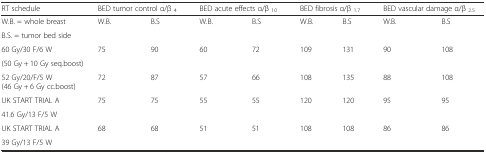
| RT schedule | <COLSPAN=2> BED tumor control α/β 4 | <COLSPAN=2> BED acute effects α/β 10 | <COLSPAN=2> BED fibrosis α/β 1.7 | <COLSPAN=2> BED vascular damage α/β 2.5 |
 | --- | --- | --- | --- | --- | --- | --- | --- | --- |
 | W.B. = whole breast | <ROWSPAN=2> W.B. | <ROWSPAN=2> B.S | <ROWSPAN=2> W.B. | <ROWSPAN=2> B.S | <ROWSPAN=2> W.B. | <ROWSPAN=2> B.S | <ROWSPAN=2> W.B. | <ROWSPAN=2> B.S |
 | B.S. = tumor bed side |
 | 60 Gy/30 F/6 W | <ROWSPAN=2> 75 | <ROWSPAN=2> 90 | <ROWSPAN=2> 60 | <ROWSPAN=2> 72 | <ROWSPAN=2> 109 | <ROWSPAN=2> 131 | <ROWSPAN=2> 90 | <ROWSPAN=2> 108 |
 | (50 Gy + 10 Gy seq.boost) |
 | 52 Gy/20/F/5 W (46 Gy + 6 Gy cc.boost) | 72 | 87 | 57 | 66 | 108 | 135 | 88 | 108 |
 | UK START TRIAL A | <ROWSPAN=2> 75 | <ROWSPAN=2> 75 | <ROWSPAN=2> 55 | <ROWSPAN=2> 55 | <ROWSPAN=2> 120 | <ROWSPAN=2> 120 | <ROWSPAN=2> 95 | <ROWSPAN=2> 95 |
 | 41.6 Gy/13 F/5 W |
 | UK START TRIAL A | <ROWSPAN=2> 68 | <ROWSPAN=2> 68 | <ROWSPAN=2> 51 | <ROWSPAN=2> 51 | <ROWSPAN=2> 108 | <ROWSPAN=2> 108 | <ROWSPAN=2> 86 | <ROWSPAN=2> 86 |
 | 39 Gy/13 F/5 W |